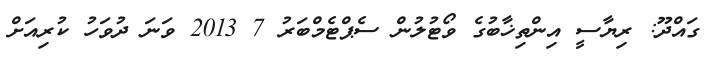
ގައްދޫ: ރިޔާސީ އިންތިޚާބުގެ ވޯޓުލުން ސެޕްޓެމްބަރު 7 2013 ވަނަ ދުވަހު ކުރިއަށް